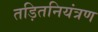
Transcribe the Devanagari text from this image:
तड़ितनियंत्रण